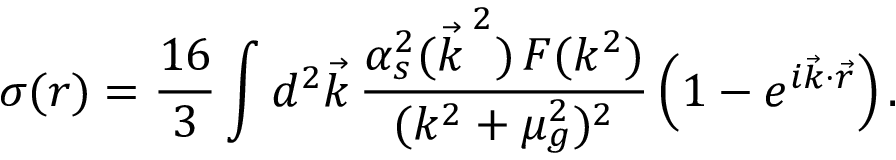
\sigma ( r ) = \frac { 1 6 } { 3 } \int d ^ { 2 } \vec { k } \, \frac { \alpha _ { s } ^ { 2 } ( { \vec { k } \, } ^ { 2 } ) \, { \cal F } ( k ^ { 2 } ) } { ( k ^ { 2 } + \mu _ { g } ^ { 2 } ) ^ { 2 } } \left( 1 - e ^ { i \vec { k } \cdot \vec { r } } \right) .